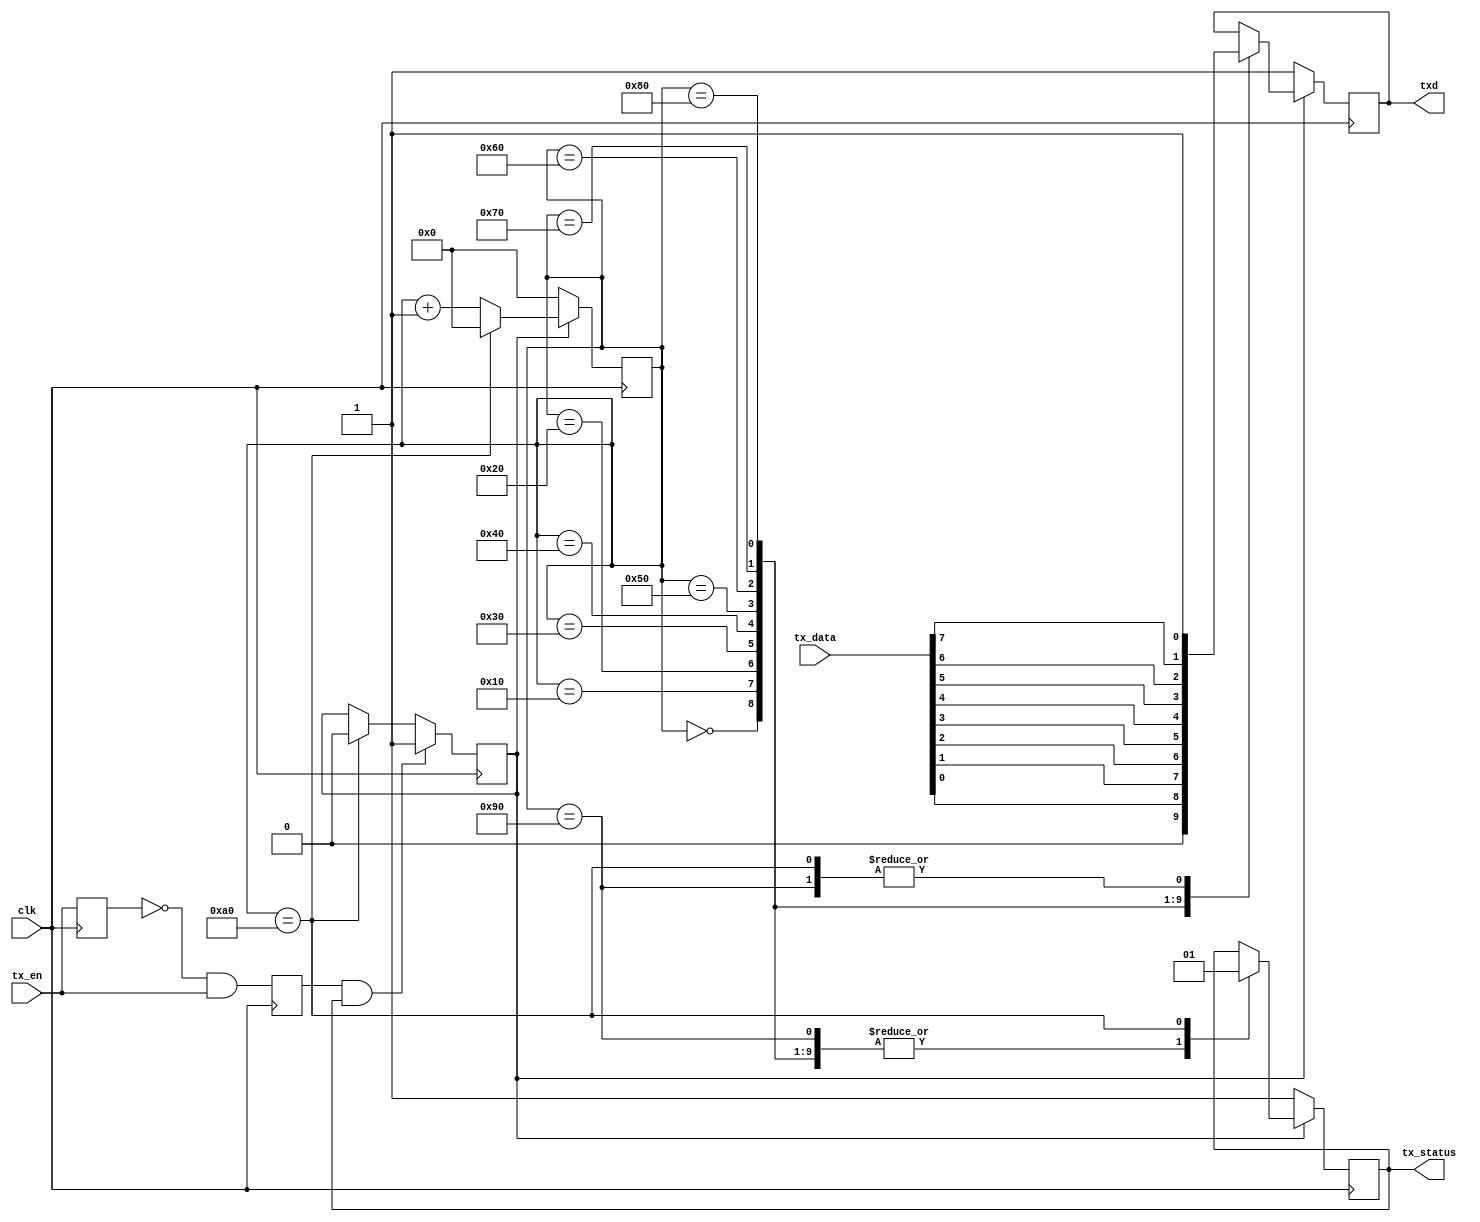
// TODO: sendingtx_status
module uarttx(clk, tx_data, tx_en, tx_status, txd);
	input clk;
	input [7:0] tx_data; 	//
	input tx_en; 			//
	output reg tx_status;	//
	output reg txd;
	reg sending;
	reg sigbuf, sigrise;
	reg[7:0] cnt; 			//
	
	initial begin
		cnt <= 1'b0;
		sigbuf <= 1'b0;
		sigrise <= 1'b0;
		txd <= 1'b1;
		tx_status <= 1'b1;
		sending <= 1'b0;
	end
	
	//
	always @(posedge clk)
	begin
		sigbuf <= tx_en;
		sigrise <= (~sigbuf) & tx_en;
	end
	
	//
	always @(posedge clk)
	begin
		if (sigrise && tx_status)	//
			sending <= 1'b1;
		else
			if(cnt == 8'd160) 		//
				sending <= 1'b0;
	end
	
	//
	always @(posedge clk)
	begin
		if (sending)
		begin
			case(cnt)
				//
				8'd0:
					begin
						txd <= 1'b0;
						tx_status <= 1'b0;
						cnt <= cnt + 8'd1;
					end
				//tx_data
				8'd16:
					begin
						txd <= tx_data[0];
						tx_status <= 1'b0;
						cnt <= cnt + 8'd1;
					end
				8'd32:
					begin
						txd <= tx_data[1];
						tx_status <= 1'b0;
						cnt <= cnt + 8'd1;
					end
				8'd48:
					begin
						txd <= tx_data[2];
						tx_status <= 1'b0;
						cnt <= cnt + 8'd1;
					end
				8'd64:
					begin
						txd <= tx_data[3];
						tx_status <= 1'b0;
						cnt <= cnt + 8'd1;
					end
				8'd80:
					begin
						txd <= tx_data[4];
						tx_status <= 1'b0;
						cnt <= cnt + 8'd1;
					end
				8'd96:
					begin
						txd <= tx_data[5];
						tx_status <= 1'b0;
						cnt <= cnt + 8'd1;
					end
				8'd112:
					begin
						txd <= tx_data[6];
						tx_status <= 1'b0;
						cnt <= cnt + 8'd1;
					end
				8'd128:
					begin
						txd <= tx_data[7];
						tx_status <= 1'b0;
						cnt <= cnt + 8'd1;
					end
				//
				8'd144:
					begin
						txd <= 1'b1;
						tx_status <= 1'b0;
						cnt <= cnt + 8'd1;
					end
				//
				8'd160:
					begin
						txd <= 1'b1;
						tx_status <= 1'b1;
						cnt <= 8'd0;
					end
				default:
						cnt <= cnt + 8'd1;
			endcase
		end
		else
		begin
			txd <= 1'b1;
			cnt <= 8'd0;
			tx_status <= 1'b1;
		end
	end
endmodule